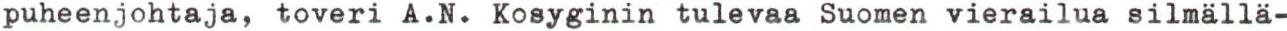
puheenjohtaja, toveri A.N. Kosyginin tulevaa Suomen vierailua silmällä-